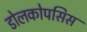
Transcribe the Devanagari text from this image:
डोलकोपसिस